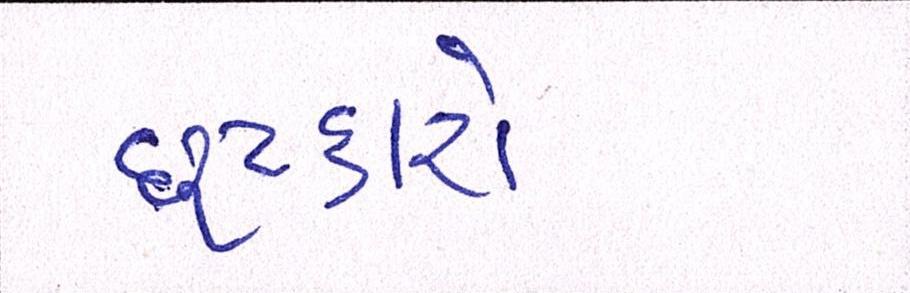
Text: છુટકારો